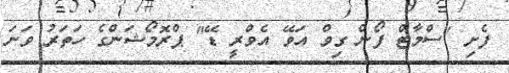
ފެށި "ސްމާޓް ފޯން ގިވް އަވޭ އެވްރީ ޑޭ" ޕްރޮމޯޝަންގެ ހަތަރު ވަނަ